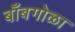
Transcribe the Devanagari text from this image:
बाँबगोळा